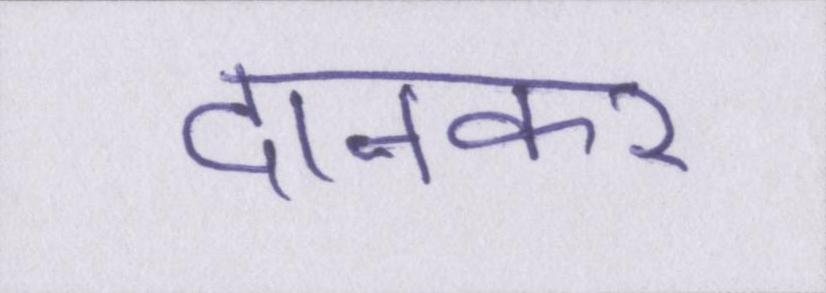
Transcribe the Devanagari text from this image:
दानकर